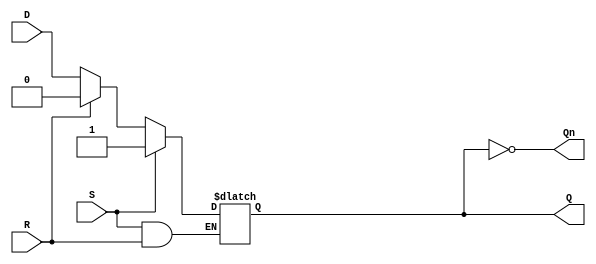
module async_register (
    input wire D,     // Input data
    input wire S,     // Set control signal
    input wire R,     // Reset control signal
    output reg Q,     // Output data
    output wire Qn    // Inverted output
);

    // Invert the output for Qn
    assign Qn = ~Q;

    // Asynchronous behavior
    always @(*) begin
        // Check for invalid condition: both S and R asserted
        if (S && R) begin
            // Invalid state: you may choose to set Q to a specific value
            // or keep it unchanged. Here, we won't specify behavior.
            // Q should preferably not be driven in this state.
        end else if (S) begin
            Q = 1'b1; // Set state
        end else if (R) begin
            Q = 1'b0; // Reset state
        end else begin
            Q = D;    // Hold state
        end
    end

endmodule